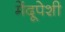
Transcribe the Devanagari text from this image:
मेंदूपेशी